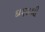
દાણાથી